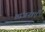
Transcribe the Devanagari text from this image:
व्यंजनाएँ